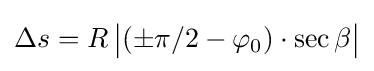
\Delta s=R\,{\big |}(\pm \pi /2-\varphi _{0})\cdot \sec \beta {\big |}